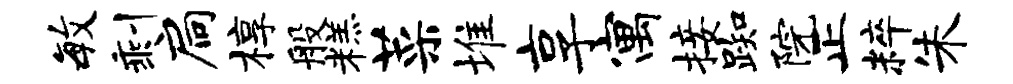
毓剩扃椁般糕菜堆享寓接踟院正粹朱